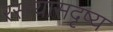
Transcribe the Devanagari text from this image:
रस्त्यासदृष्य